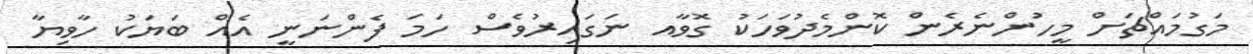
މަގުމައްޗަށް މީހުންނެރެން ކޮންމެދުވަހަކު ގޮވާއ ނަގައިރުވެސް ހަމަ ފެންނަނީ އެއް ބަޔަކު ހާވިޔާ